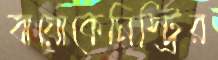
বায়োকেমিস্ট্রির